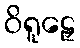
ဝိရူဠှေ